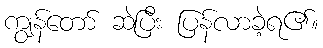
ကျွန်တော် ဆဲပြီး ပြန်လာခဲ့ရ၏။